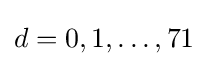
d=0,1,\dots ,71